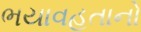
ભયાવહતાનો